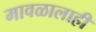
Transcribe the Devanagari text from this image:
मावळालाही